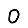
Digit: 0